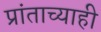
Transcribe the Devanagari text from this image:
प्रांताच्याही